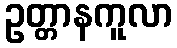
ဥတ္တာနကူလာ